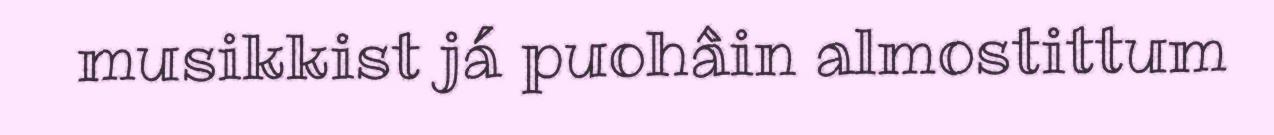
musikkist já puohâin almostittum